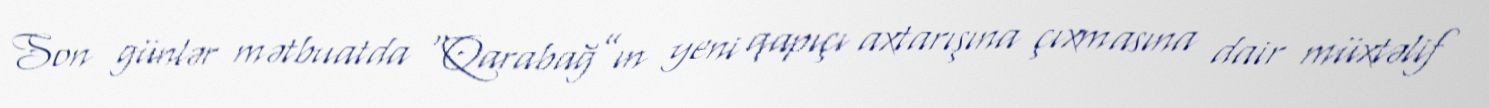
Son günlər mətbuatda “Qarabağ”ın yeni qapıçı axtarışına çıxmasına dair müxtəlif